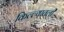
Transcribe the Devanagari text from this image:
किल्ल्यातली